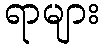
ရာများ